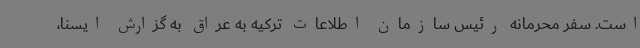
است. سفر محرمانه رئیس سازمان اطلاعات ترکیه به عراق به گزارش ایسنا،